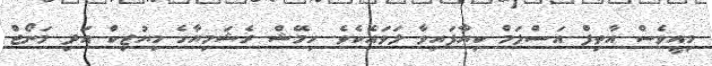
މިއީވެސް އާތިފް އަސްލަމް ކިޔާފައިވާ ލަވައެކެވެ. ހިމޭޝް ރެޝަމިޔާގެ މިޔުޒިކް އަދި މަނޯޖް